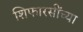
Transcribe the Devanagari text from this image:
शिफारसींच्या